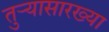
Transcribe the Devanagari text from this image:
तुर्‍यासारख्या